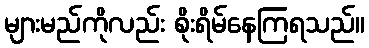
များမည်ကိုလည်း စိုးရိမ်နေကြရသည်။